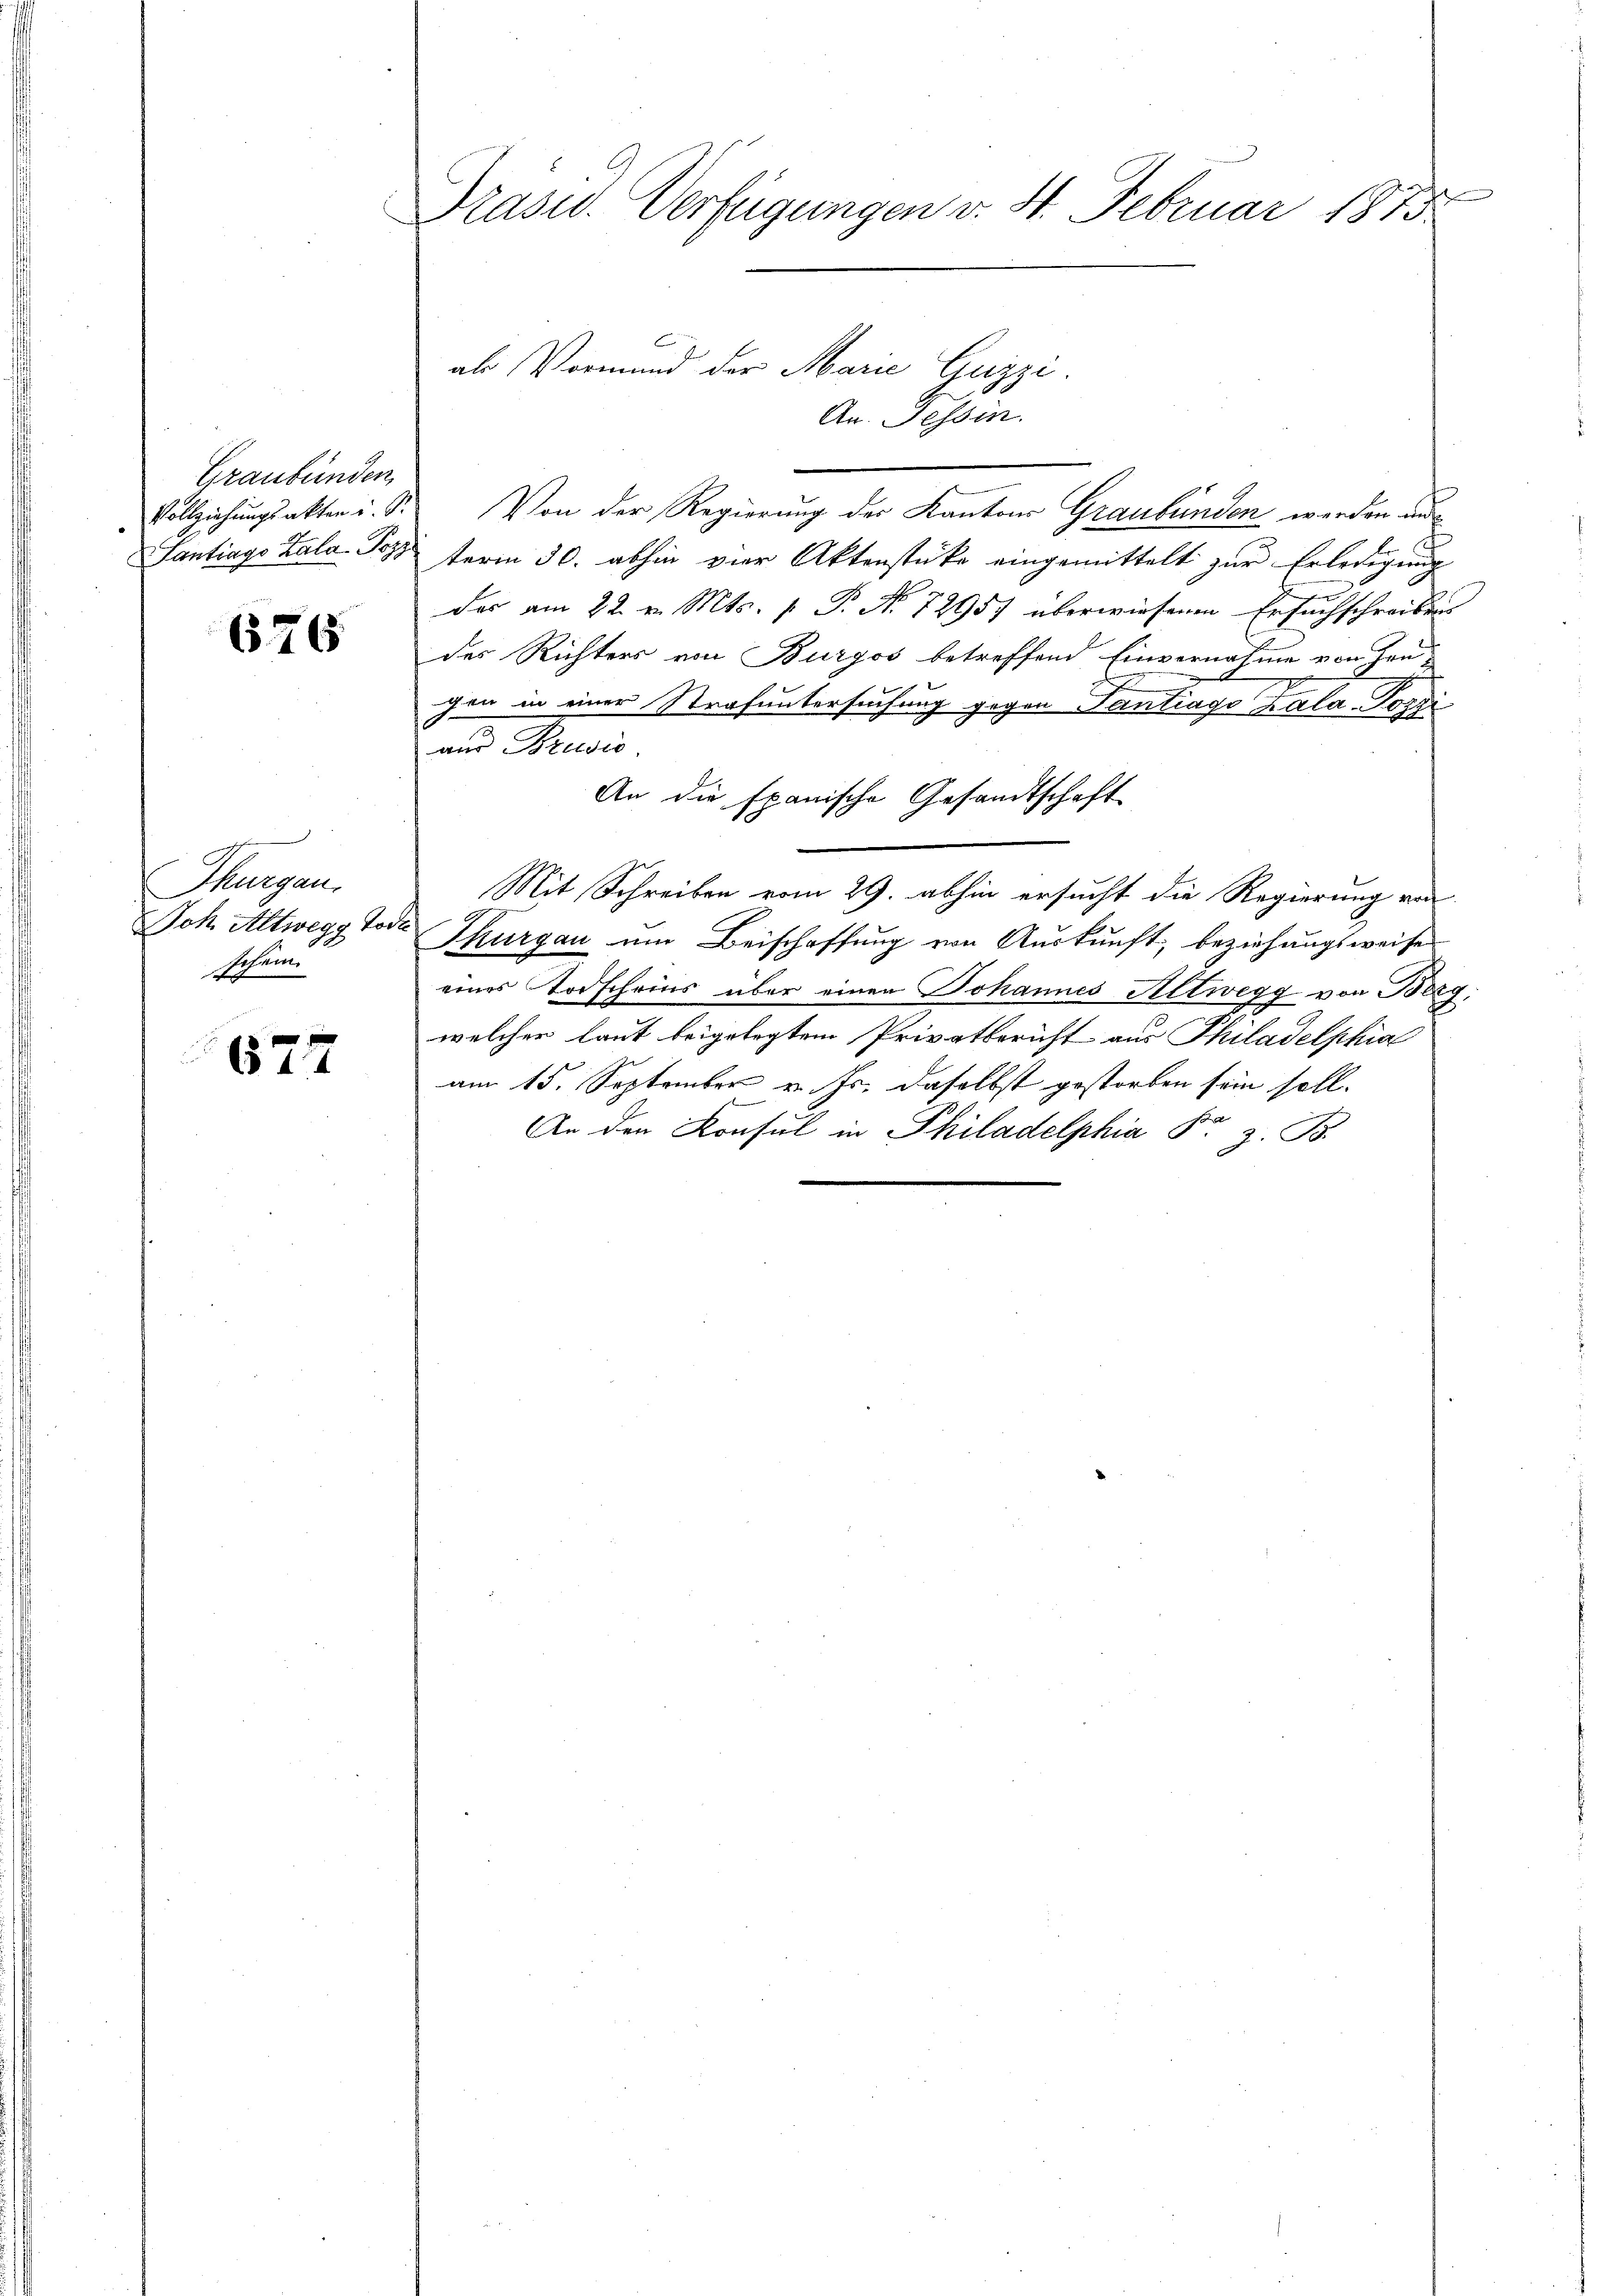
Graubünden,

676

Thurgau.
sesen.
e

677

Präsid. Verfügungen v. 4. Februar 1875

als Vormund der Marie Quzzi
An. Fessen.
e
.
Vollziehungsakter u. S. Von der Regierung der Kantons Graubünden werden aus¬
Santiago Zala Post term 30. abhin vier Aktenstücke eingemittelt zur Erledigung
.
Das am 22. v. Mts. p. P. Nr. 72957 überwiesenen Ersuchschreiben
des Richters von Burgos betreffend Einvernahme von Prü¬
.
f
gen in einer Strafuntersuchung gegen Tantiago Kala-Jozzi
an Muni
An die spanische Gesandtschaft
Mit Schreiben vom 29. abhin ersucht die Regierung von
Joh Altwegg Tode Thurgau um Beischaffung von Auskunft, beziehungsweise
eines Todscheins über einen Johannes Altwegg von Berg,
welcher laut beigelegtem Privatbericht aus Philadelphia
am 15. September v. Js. daselbst gestorben sein soll.
An den Konsul in Philadelphia e

b